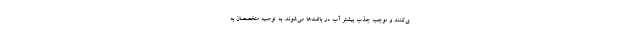
ی‌کنند و موجب جذب بیشتر آب در بافت‌ها می‌شوند. به توصیه متخصصان به